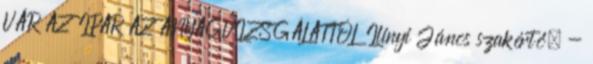
VÁR AZ IPAR AZ ANYAGVIZSGÁLATTÓL Ilinyi János szakértő. -